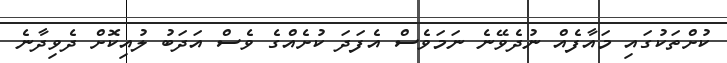
ކުށްތަކުގައި މައާފެއް ނުދެވޭނެ ނަމަވެސް އެފަދަ ކުށެއްގެ ވެސް އަދަބު ލުއިކޮށް ދެވިދާނެ